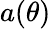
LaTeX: a(\theta)